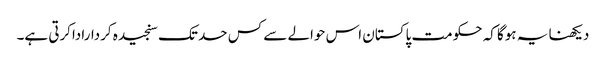
دیکھنا یہ ہوگا کہ حکومت پاکستان اس حوالے سے کس حد تک سنجیدہ کرداراداکرتی ہے۔